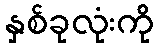
နှစ်ခုလုံးကို